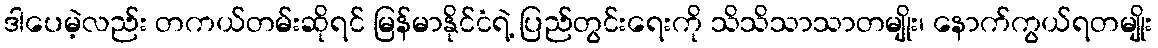
ဒါပေမဲ့လည်း တကယ်တမ်းဆိုရင် မြန်မာနိုင်ငံရဲ့ ပြည်တွင်းရေးကို သိသိသာသာတမျိုး၊ နောက်ကွယ်ရတမျိုး